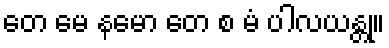
တေ မေ နမော တေ စ မံ ပါလယန္တု။